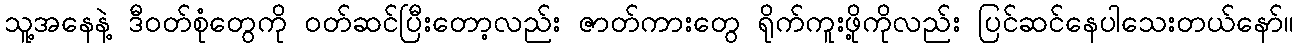
သူ့အနေနဲ့ ဒီဝတ်စုံတွေကို ဝတ်ဆင်ပြီးတော့လည်း ဇာတ်ကားတွေ ရိုက်ကူးဖို့ကိုလည်း ပြင်ဆင်နေပါသေးတယ်နော်။